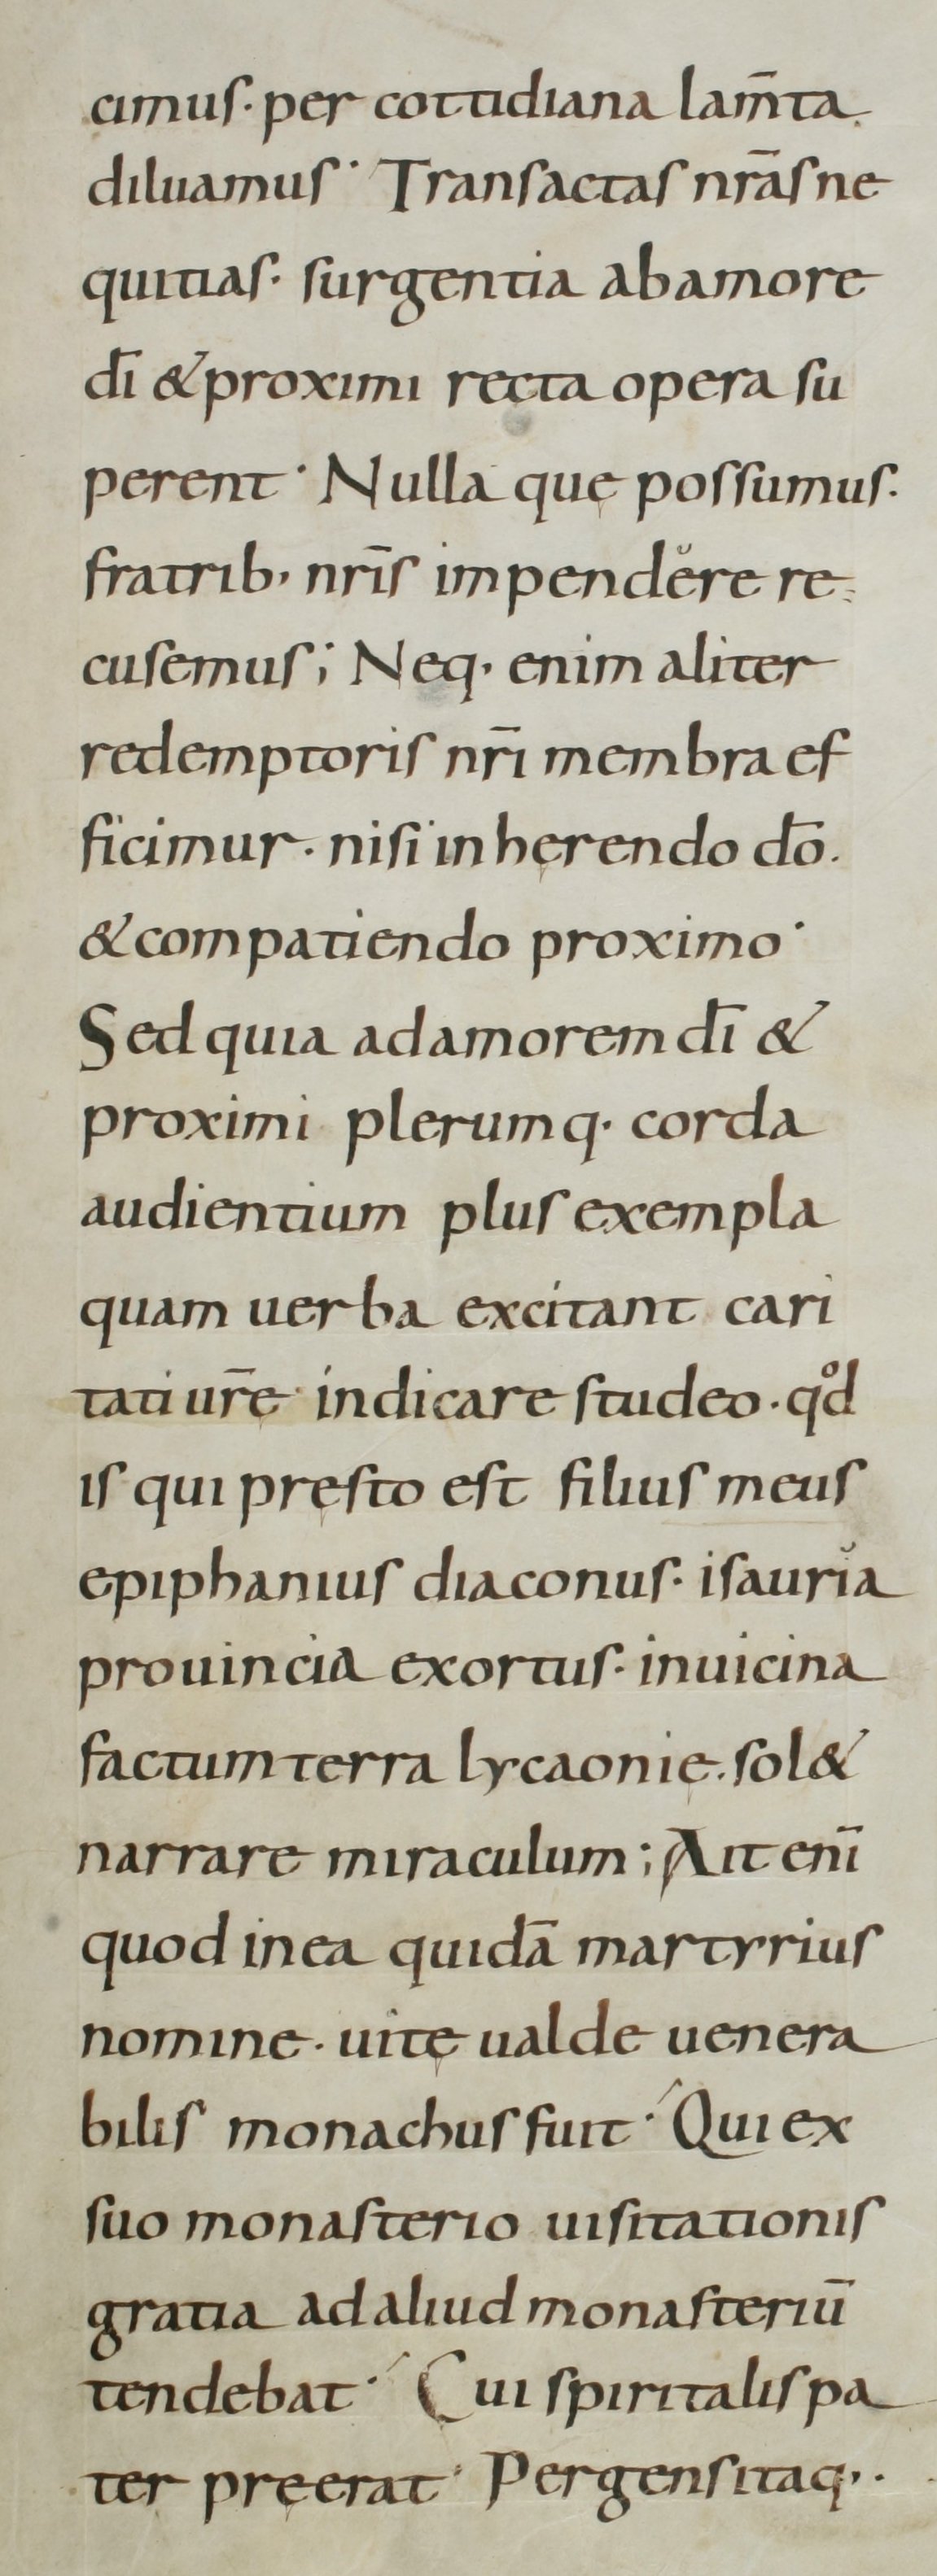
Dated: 800–899